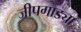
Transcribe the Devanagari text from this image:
जीपगाड्या